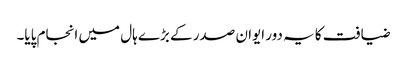
ضیافت کا یہ دور ایوان صدر کے بڑے ہال میں انجام پایا۔